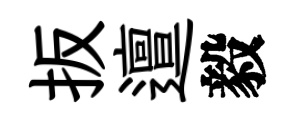
扳邅毅